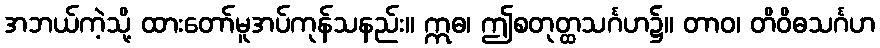
အဘယ်ကဲ့သို့ ထားတော်မူအပ်ကုန်သနည်း။ ဣဓ၊ ဤစတုတ္ထသင်္ဂဟ၌။ တာဝ၊ တိဝိဓသင်္ဂဟ